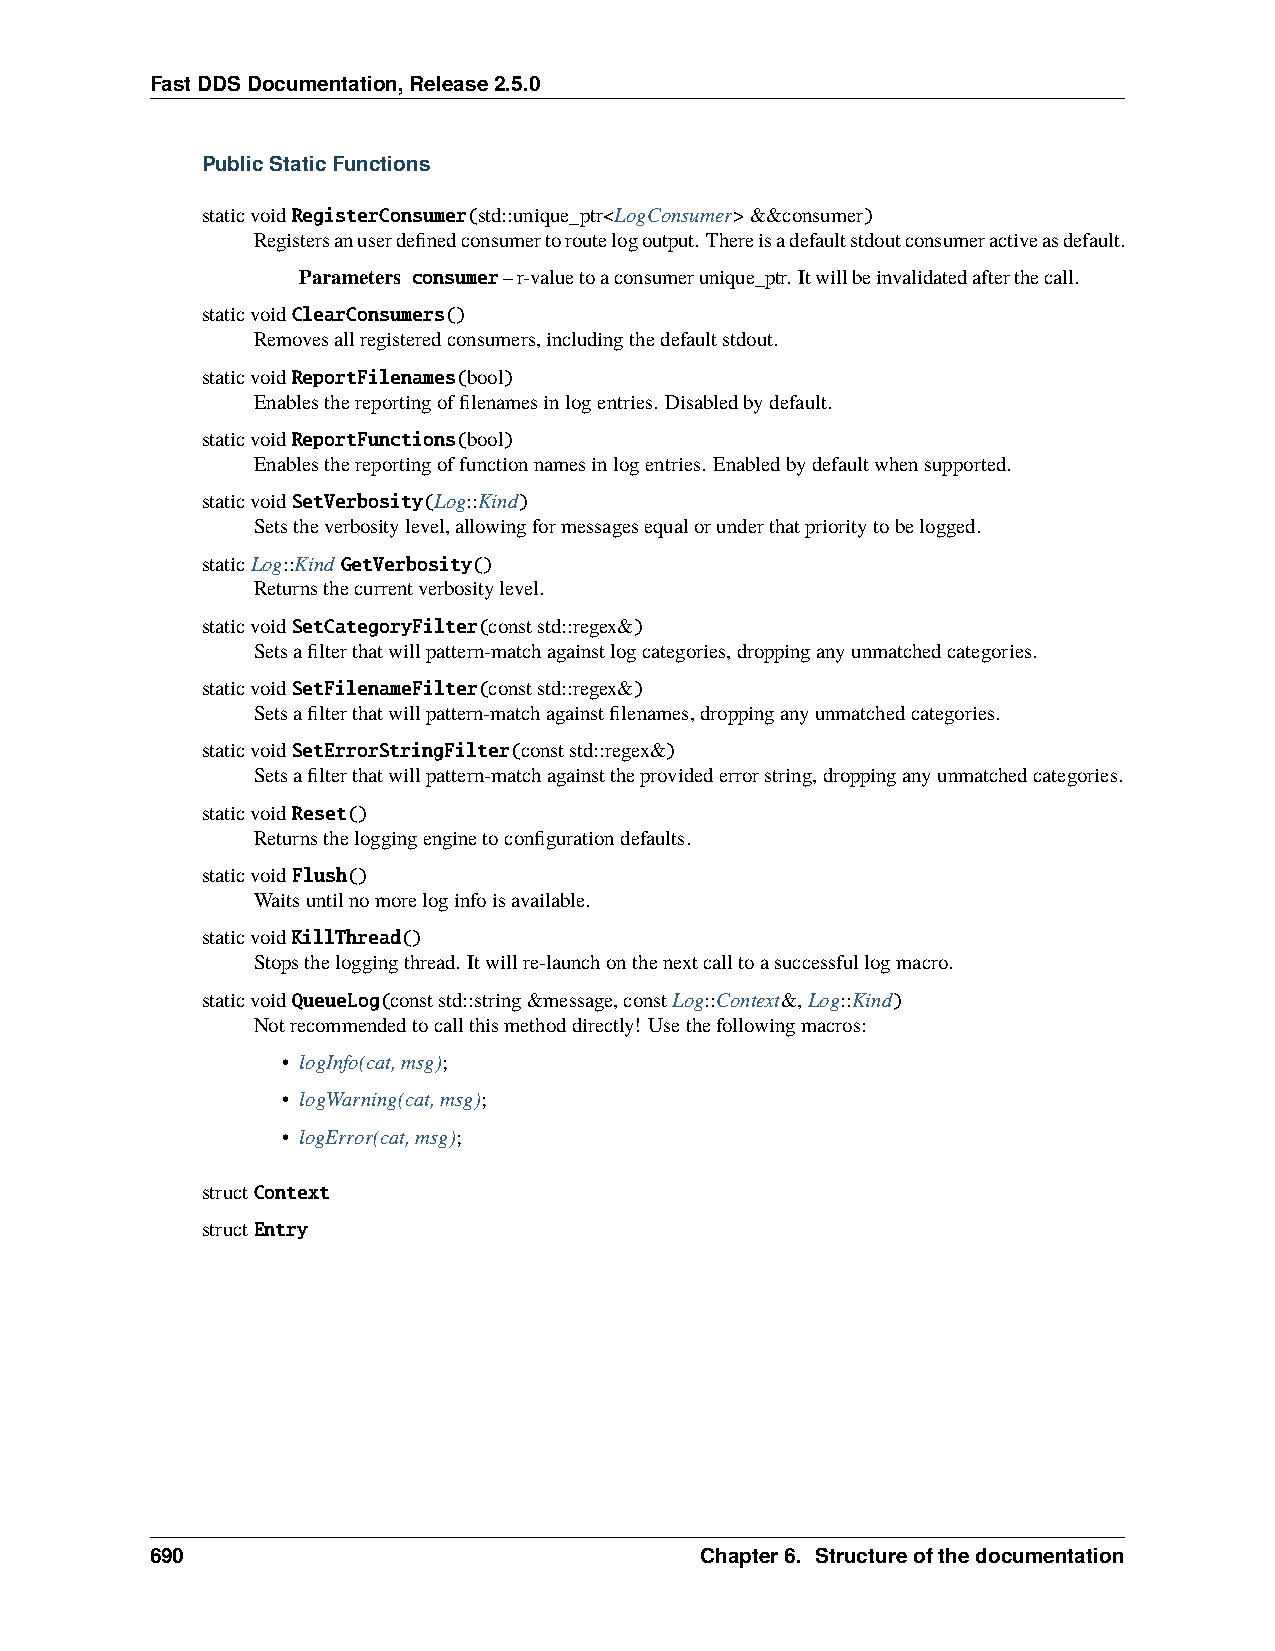
FastDDSDocumentation,Release2.5.0
 PublicStaticFunctions
 staticvoidRegisterConsumer(std::unique_ptr<LogConsumer>&&consumer)
 Registersanuserdefinedconsumertoroutelogoutput. Thereisadefaultstdoutconsumeractiveasdefault.
 Parameters consumer–r-valuetoaconsumerunique_ptr. Itwillbeinvalidatedafterthecall.
 staticvoidClearConsumers()
 Removesallregisteredconsumers,includingthedefaultstdout.
 staticvoidReportFilenames(bool)
 Enablesthereportingoffilenamesinlogentries. Disabledbydefault.
 staticvoidReportFunctions(bool)
 Enablesthereportingoffunctionnamesinlogentries. Enabledbydefaultwhensupported.
 staticvoidSetVerbosity(Log::Kind)
 Setstheverbositylevel,allowingformessagesequalorunderthatprioritytobelogged.
 staticLog::Kind GetVerbosity()
 Returnsthecurrentverbositylevel.
 staticvoidSetCategoryFilter(conststd::regex&)
 Setsafilterthatwillpattern-matchagainstlogcategories,droppinganyunmatchedcategories.
 staticvoidSetFilenameFilter(conststd::regex&)
 Setsafilterthatwillpattern-matchagainstfilenames,droppinganyunmatchedcategories.
 staticvoidSetErrorStringFilter(conststd::regex&)
 Setsafilterthatwillpattern-matchagainsttheprovidederrorstring,droppinganyunmatchedcategories.
 staticvoidReset()
 Returnstheloggingenginetoconfigurationdefaults.
 staticvoidFlush()
 Waitsuntilnomoreloginfoisavailable.
 staticvoidKillThread()
 Stopstheloggingthread. Itwillre-launchonthenextcalltoasuccessfullogmacro.
 staticvoidQueueLog(conststd::string&message,constLog::Context&,Log::Kind)
 Notrecommendedtocallthismethoddirectly! Usethefollowingmacros:
 • logInfo(cat,msg);
 • logWarning(cat,msg);
 • logError(cat,msg);
 structContext
 structEntry
 690                                 Chapter6. Structureofthedocumentation